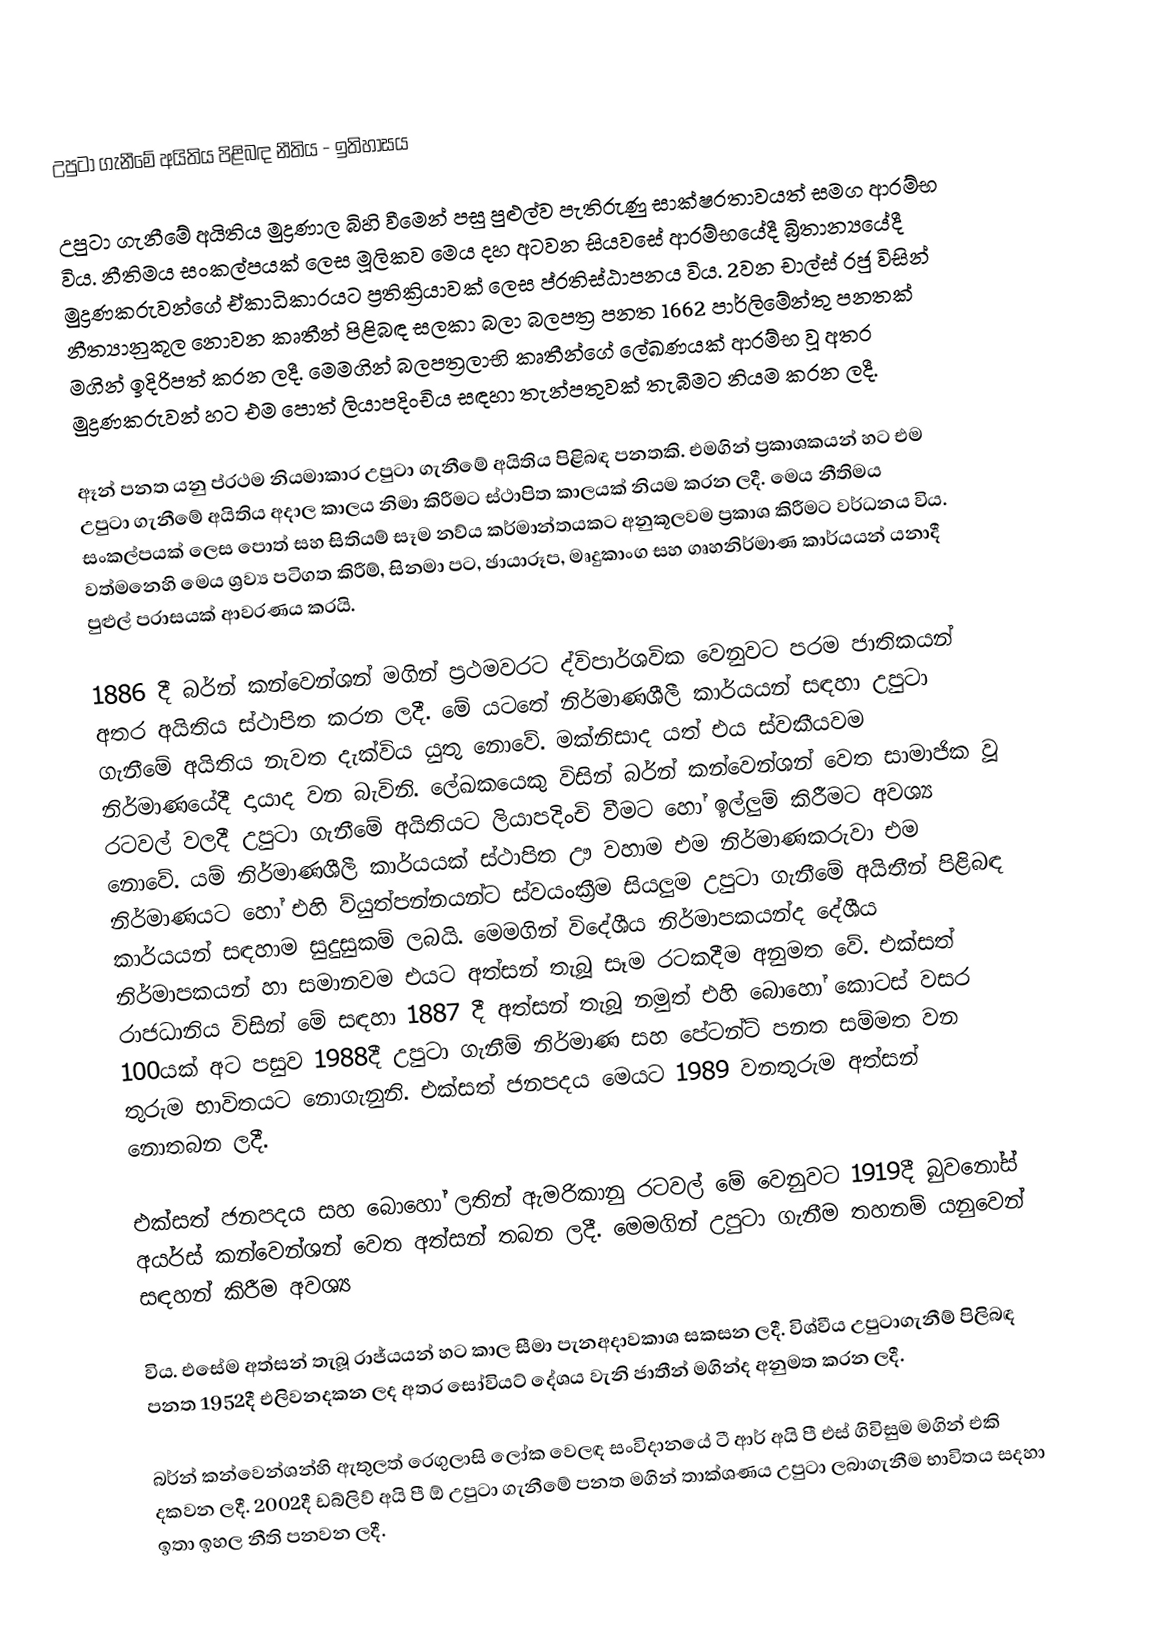
උපුටා ගැනීමේ අයිතිය  පිළිබඳ නීතිය - ඉතිහාසය

උපුටා ගැනීමේ අයිතිය මුද්‍රණාල බිහි වීමෙන් පසු පුළුල්ව පැතිරුණු  සාක්ෂරතාවයත් සමග ආරම්භ විය. නීතිමය සංකල්පයක් ලෙස මූලිකව මෙය දහ අටවන සියවසේ ආරම්භයේදී බ්‍රිතාන්‍යයේදී මුද්‍රණකරුවන්ගේ ඒකාධිකාරයට ප්‍රතික්‍රියාවක් ලෙස ප්රතිස්ඨාපනය විය. 2වන චාල්ස් රජු විසින් නීත්‍යානුකූල  නොවන කෘතීන් පිළිබඳ  සලකා බලා බලපත්‍ර පනත 1662 පාර්ලිමේන්තු පනතක් මගින් ඉදිරිපත් කරන ලදී. මෙමගින් බලපත්‍රලාභි  කෘතීන්ගේ ලේඛණයක් ආරම්භ වූ අතර මුද්‍රණකරුවන් හට එම පොත් ලියාපදිංචිය සඳහා තැන්පතුවක් තැබීමට නියම කරන ලදී.

ඈන් පනත යනු ප්රථම නියමාකාර උපුටා ගැනීමේ අයිතිය පිළිබඳ පනතකි. එමගින් ප්‍රකාශකයන් හට එම උපුටා ගැනීමේ අයිතිය අදාල කාලය නිමා කිරීමට ස්ථාපිත කාලයක් නියම කරන ලදී. මෙය නීතිමය සංකල්පයක් ලෙස පොත් සහ සිතියම් සෑම නව්ය කර්මාන්තයකට අනුකූලවම ප්‍රකාශ කිරීමට වර්ධනය විය. වත්මනෙහි මෙය ශ්‍රව්‍ය  පටිගත කිරීම්, සිනමා පට, ඡායාරූප, මෘදුකාංග සහ ගෘහනිර්මාණ කාර්යයන් යනාදී පුළුල් පරාසයක් ආවරණය කරයි.

1886 දී බර්න් කන්වෙන්ශන් මගින් ප්‍රථමවරට  ද්විපාර්ශවික වෙනුවට පරම ජාතිකයන් අතර අයිතිය ස්ථාපිත කරන ලදී. මේ යටතේ නිර්මාණශීලී කාර්යයන් සඳහා උපුටා ගැනීමේ අයිතිය නැවත දැක්විය යුතු නොවේ. මක්නිසාද යත් එය ස්වකීයවම නිර්මාණයේදී දායාද වන බැවිනි. ලේඛකයෙකු විසින් බර්න් කන්වෙන්ශන් වෙත සාමාජික වූ රටවල් වලදී උපුටා ගැනීමේ අයිතියට ලියාපදිංචි  වීමට හෝ ඉල්ලුම් කිරීමට අවශ්‍ය  නොවේ. යම් නිර්මාණශීලී කාර්යයක් ස්ථාපිත ඌ වහාම එම නිර්මාණකරුවා එම නිර්මාණයට හෝ එහි ව්යුත්පන්නයන්ට  ස්වයංක්‍රීම සියලුම උපුටා ගැනීමේ අයිතීන් පිළිබඳ කාර්යයන් සඳහාම සුදුසුකම් ලබයි. මෙමගින් විදේශීය නිර්මාපකයන්ද දේශීය නිර්මාපකයන් හා සමානවම එයට අත්සන් තැබූ සෑම රටකදීම අනුමත වේ. එක්සත් රාජධානිය විසින් මේ සඳහා 1887 දී අත්සන් තැබූ නමුත් එහි බොහෝ කොටස් වසර 100යක් අට පසුව 1988දී උපුටා ගැනීම් නිර්මාණ සහ පේටන්ට් පනත සම්මත වන තුරුම  භාවිතයට නොගැනුනි. එක්සත් ජනපදය මෙයට 1989 වනතුරුම අත්සන් නොතබන ලදී.

එක්සත් ජනපදය සහ බොහෝ ලතින් ඇමරිකානු රටවල් මේ වෙනුවට 1919දී බුවනෝස් අයර්ස් කන්වෙන්ශන් වෙත අත්සන් තබන ලදී. මෙමගින් උපුටා ගැනීම තහනම් යනුවෙන් සඳහන් කිරීම අවශ්‍ය

විය. එසේම අත්සන් තැබූ රාජ්යයන් හට කාල සීමා පැනඅදාවකාශ සකසන ලදී. විශ්වීය උපුටාගැනීම් පිලිබඳ පනත 1952දී එලිවනදකන ලද අතර සෝවියට් දේශය වැනි ජාතීන් මගින්ද අනුමත කරන ලදී.

බර්න් කන්වෙන්ශන්හි ඇතුලත් රෙගුලාසි  ලෝක වෙලඳ සංවිදානයේ ටී ආර් අයි පී එස් ගිවිසුම මගින් එකි දකවන ලදී. 2002දී ඩබ්ලිව් අයි පී ඕ උපුටා ගැනීමේ පනත මගින් තාක්ශණය උපුටා ලබාගැනීම  භාවිතය සදහා ඉතා ඉහල නීති පනවන ලදී.